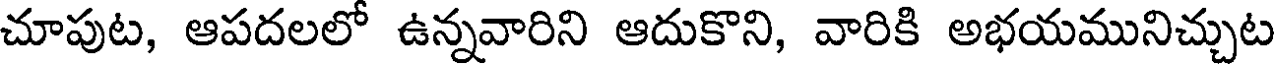
చూపుట, ఆపదలలో ఉన్నవారిని ఆదుకొని, వారికి అభయమునిచ్చుట